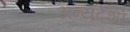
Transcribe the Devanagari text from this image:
अन्यदेशो